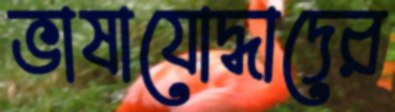
ভাষাযোদ্ধাদের